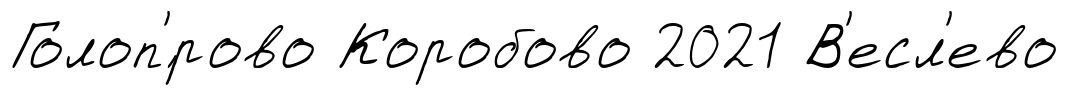
Голоп'́рово Коробово 2021 В'есл'ево